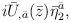
LaTeX: \begin{align*}i {\bar U}_{,\bar a}({\bar z}){\bar \eta}^{\bar a}_2,\\\end{align*}